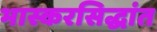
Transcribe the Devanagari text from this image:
भास्करसिद्धांत